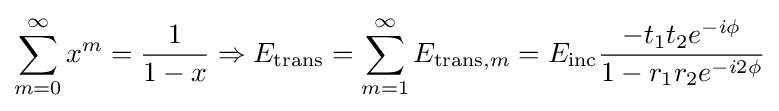
\sum _{m=0}^{\infty }x^{m}={\frac {1}{1-x}}\Rightarrow E_{\text{trans}}=\sum _{m=1}^{\infty }E_{{\text{trans}},m}=E_{\text{inc}}{\frac {-t_{1}t_{2}e^{-i\phi }}{1-r_{1}r_{2}e^{-i2\phi }}}